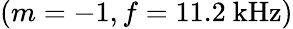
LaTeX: (m=-1,f=11.2\ \mathrm{kHz})